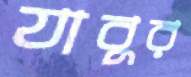
যাবুর